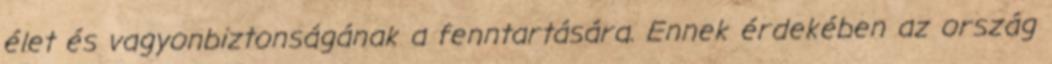
élet és vagyonbiztonságának a fenntartására. Ennek érdekében az ország